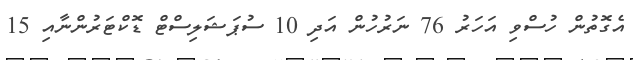
އެގޮތުން ހުސްވި އަހަރު 76 ނަރުހުން އަދި 10 ސުޕަޝަލިސްޓް ޑޮކްޓަރުންނާއި 15